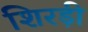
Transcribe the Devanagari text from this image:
शिरड़ी